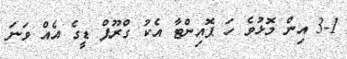
3-1 އިން މޮޅުވެ ހަ ޕޮއިންޓާ އެކު ގްރޫޕް ޑީގެ އެއް ވަނަ